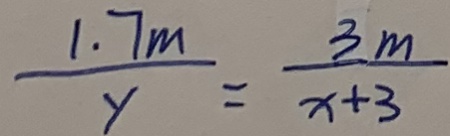
\frac { 1 . 7 m } { y } = \frac { 3 m } { x + 3 }